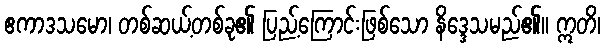
ဧကာဒသမော၊ တစ်ဆယ့်တစ်ခု၏ ပြည့်ကြောင်းဖြစ်သော နိဒ္ဒေသမည်၏။ ဣတိ၊